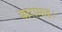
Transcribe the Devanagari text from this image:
बारामाह।